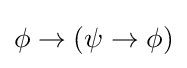
\phi \to \left(\psi \to \phi \right)